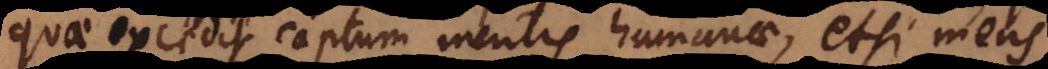
quae excedit captum mentis humanae, etsi mens